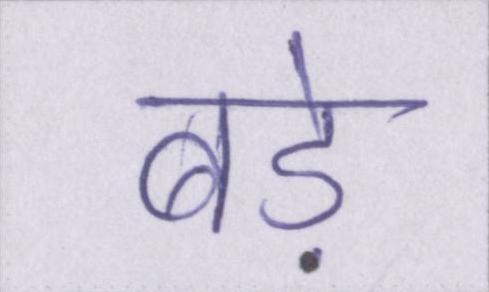
बडे़